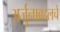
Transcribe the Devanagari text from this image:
अर्जुनाबद्दलचे